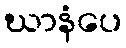
ဃာနံပေ